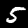
Label: 5